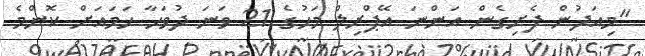
"މިއަދުން ފެށިގެން އަންނަ އޭޕްރިލް މަހުގެ 21 ވަނަ ދުވަހާ ހަމައަށް ކޮންމެ